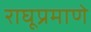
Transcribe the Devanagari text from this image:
राघूप्रमाणे